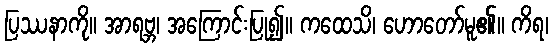
ပြဿနာကို။ အာရဗ္ဘ၊ အကြောင်းပြု၍။ ကထေသိ၊ ဟောတော်မူ၏။ ကိရ၊